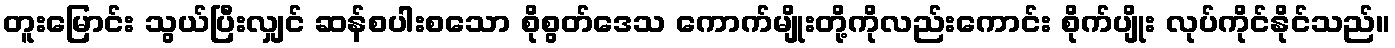
တူးမြောင်း သွယ်ပြီးလျှင် ဆန်စပါးစသော စိုစွတ်ဒေသ ကောက်မျိုးတို့ကိုလည်းကောင်း စိုက်ပျိုး လုပ်ကိုင်နိုင်သည်။